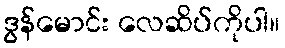
ဒွန်မောင်း လေဆိပ်ကိုပါ။